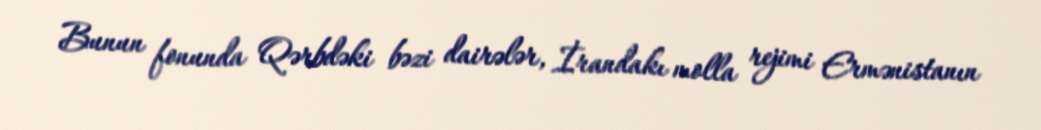
Bunun fonunda Qərbdəki bəzi dairələr, İrandakı molla rejimi Ermənistanın